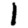
Digit: 1